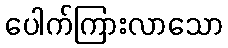
ပေါက်ကြားလာသော